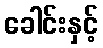
ခေါင်းနှင့်